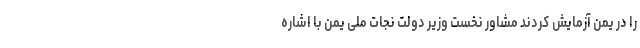
را در یمن آزمایش کردند مشاور نخست وزیر دولت نجات ملی یمن با اشاره